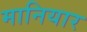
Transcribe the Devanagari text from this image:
मानियार